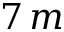
7 \, m